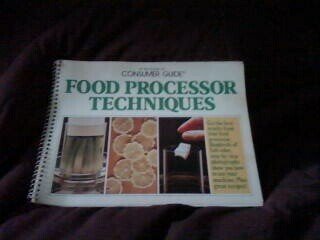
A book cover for Food Processor Techniques Spir; Rh Value Publishing; Cookbooks, Food & Wine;